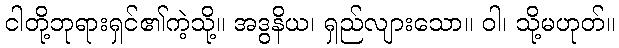
ငါတို့ဘုရားရှင်၏ကဲ့သို့။ အဒွနိယ၊ ရှည်လျားသော။ ဝါ၊ သို့မဟုတ်။